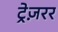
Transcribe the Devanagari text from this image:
ट्रेज़रर